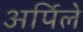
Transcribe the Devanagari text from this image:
अर्पिले